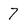
Character: 7